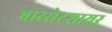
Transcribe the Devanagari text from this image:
बारसेटशायर